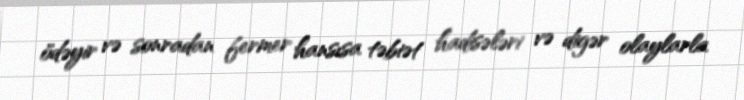
ödəyir və sonradan fermer hansısa təbiət hadisələri və digər olaylarla